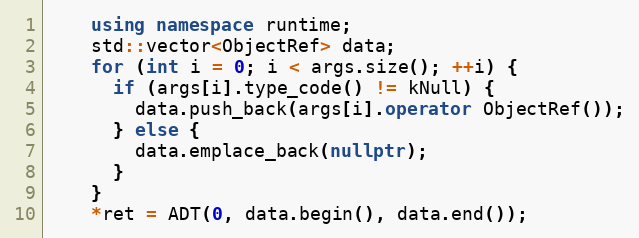
Language: C++
    using namespace runtime;
    std::vector<ObjectRef> data;
    for (int i = 0; i < args.size(); ++i) {
      if (args[i].type_code() != kNull) {
        data.push_back(args[i].operator ObjectRef());
      } else {
        data.emplace_back(nullptr);
      }
    }
    *ret = ADT(0, data.begin(), data.end());